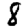
Digit: 8